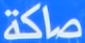
صاكة